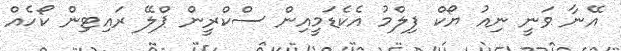
އޭނާ ވަނީ ނިއު ޔޯކް ފިލްމު އެކެޑަމީއިން ސްކްރީން ޕްލޭ ރައިޓިން ކޯހެއް